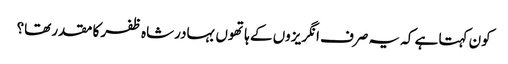
کون کہتا ہے کہ یہ صرف انگریزوں کے ہاتھوں بہادرشاہ ظفر کا مقدر تھا؟